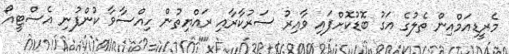
މެރީޑިއަމްއިން ތެލުގެ އަގު ބޮޑުކޮށްފައި ވާއިރު ސަރުކާރާއި ރައްޔިތުން ހިއްސާވާ ކުންފުނި އެސްޓީއޯ